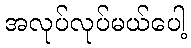
အလုပ်လုပ်မယ်ပေါ့